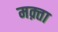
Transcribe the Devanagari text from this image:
मक़्ता